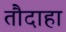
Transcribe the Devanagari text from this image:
तौदाहा